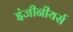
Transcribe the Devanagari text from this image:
इंजीनीयर्स